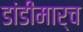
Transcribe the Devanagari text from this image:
डांडीमार्च